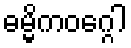
ဓမ္မိကဝဂ္ဂေါ